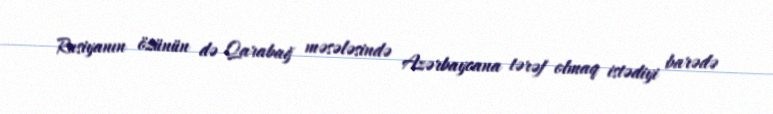
Rusiyanın özünün də Qarabağ məsələsində Azərbaycana tərəf olmaq istədiyi barədə